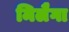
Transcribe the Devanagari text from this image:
मिलैगा